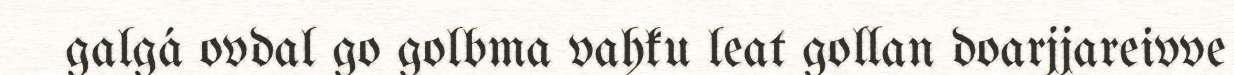
galgá ovdal go golbma vahku leat gollan doarjjareivve